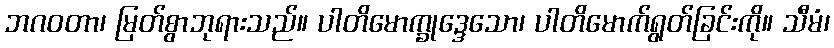
ဘဂဝတာ၊ မြတ်စွာဘုရားသည်။ ပါတိမောက္ခုဒ္ဒေသော၊ ပါတိမောက်ရွတ်ခြင်းကို။ သီမံ၊